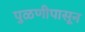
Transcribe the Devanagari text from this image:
पुळणीपासून